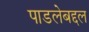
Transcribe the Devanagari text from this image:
पाडलेबद्दल